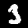
Label: 3